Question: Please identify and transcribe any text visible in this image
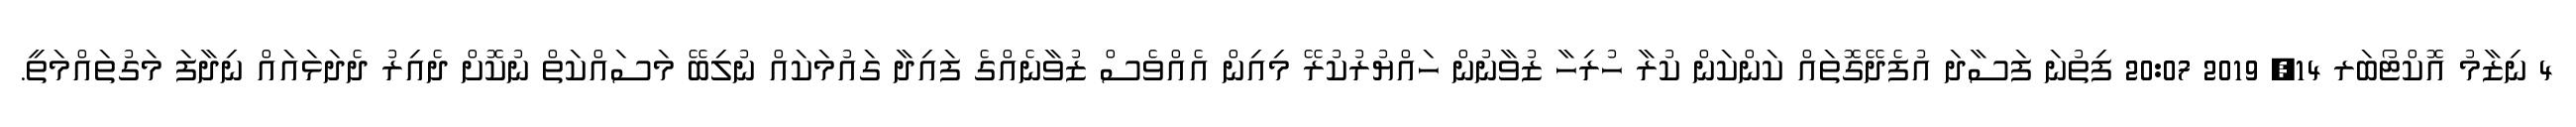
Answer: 4 ނިޒާމު އޮކްޓޯބަރ 14, 2019 20:07 ފިތުނަ ފަސާދަ އުފެދޭގޮތައް ކަންކަން ކުރާ ހުރިހާ ޒުވާނުން ހައްޔުރުކުރޭ މިއިން އެއްވެސް ޒުވާނެއްގެ ފައިދާ ގައުމަކައް ނުލިބޭ މަސައްކަތް ނުކޮށް ދެއިރު ދެދަޅައައް ނިދާފަ މަގުތައްމަތީ.